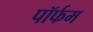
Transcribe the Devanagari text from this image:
पॉर्फम